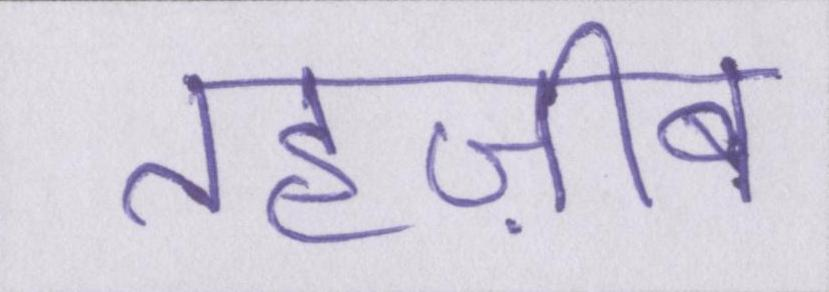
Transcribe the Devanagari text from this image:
तहज़ीब